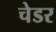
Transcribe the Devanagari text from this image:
चेडर